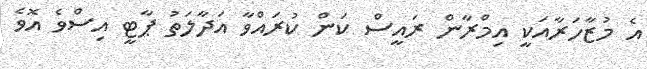
އެ މުޒާހަރާއަކީ އިމްރާން ރައީސް ކަން ކުރައްވާ އަދާލަތު ޕާޓީ އިސްވެ އޮވެ